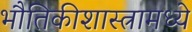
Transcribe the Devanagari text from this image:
भौतिकीशास्त्रामध्ये